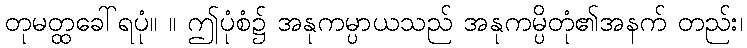
တုမတ္ထခေါ်ရပုံ။ ။ ဤပုံစံ၌ အနုကမ္ပာယသည် အနုကမ္ပိတုံ၏အနက် တည်း၊